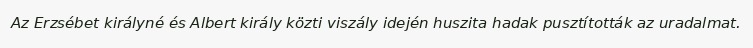
Az Erzsébet királyné és Albert király közti viszály idején huszita hadak pusztították az uradalmat.